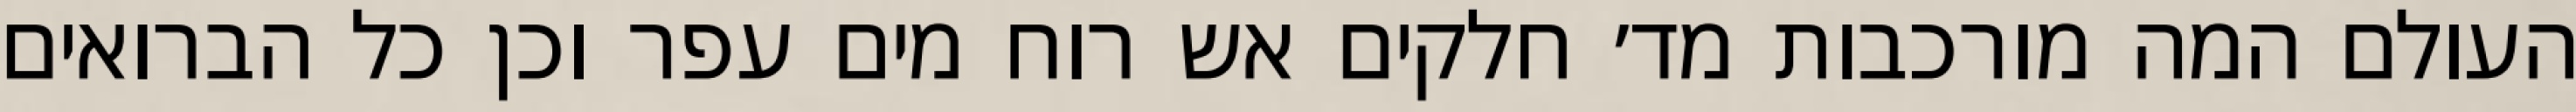
העולם המה מורכבות מד׳ חלקים אש רוח מים עפר וכן כל הברואים